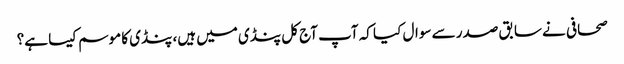
صحافی نے سابق صدر سے سوال کیا کہ آپ آج کل پنڈی میں ہیں، پنڈی کا موسم کیسا ہے؟